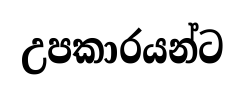
උපකාරයන්ට